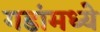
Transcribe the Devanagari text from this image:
गडांमध्ये